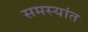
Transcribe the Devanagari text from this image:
समस्यांत